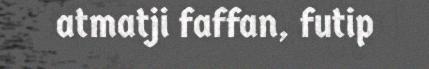
atmatji faffan, futip